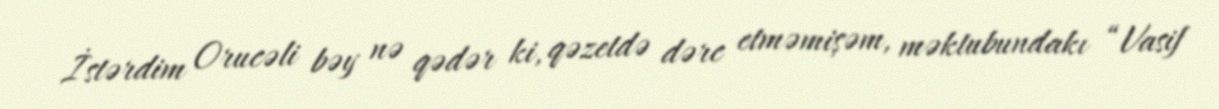
İstərdim Orucəli bəy nə qədər ki, qəzetdə dərc etməmişəm, məktubundakı “Vasif